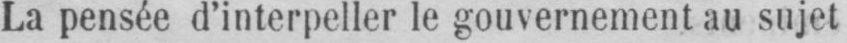
La pensée d’interpeller le gouvernement au sujet